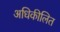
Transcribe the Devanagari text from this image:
अधिकीलित